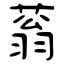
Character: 蓊